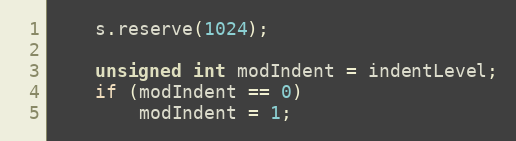
Language: C++
    s.reserve(1024);

    unsigned int modIndent = indentLevel;
    if (modIndent == 0)
        modIndent = 1;